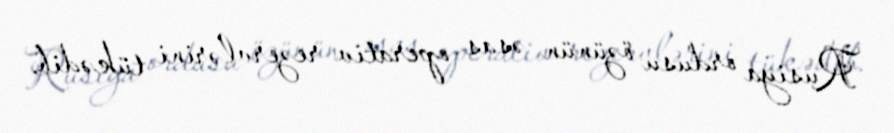
Rusiya ordusu özünün əsas operativ rezervlərini tükədib.